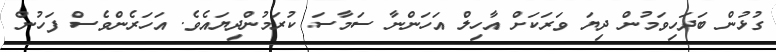
ގުޅުން ބަދަހިވަމުން ދިޔަ ވަރަކަށް އާހިލް އަހަންނާ ސަމާސަ ކުރަމުންދިޔައެވެ. އަހަރެންވެސް ފަހުން